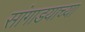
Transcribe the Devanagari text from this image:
सांगाडयाच्या